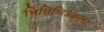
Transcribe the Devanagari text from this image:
भित्तिचित्रकला